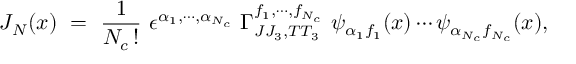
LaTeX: J _ { N } ( x ) \ = \ \frac { 1 } { N _ { c } \, ! } \, \, \epsilon ^ { \alpha _ { 1 } , \cdots , \alpha _ { N _ { c } } } \, \, \Gamma _ { J J _ { 3 } , T T _ { 3 } } ^ { f _ { 1 } , \cdots , f _ { N _ { c } } } \, \, \psi _ { \alpha _ { 1 } f _ { 1 } } ( x ) \cdots \psi _ { \alpha _ { N _ { c } } f _ { N _ { c } } } ( x ) ,